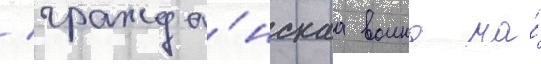
/ гражда́нскаа воина на́